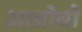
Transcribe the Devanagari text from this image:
आन्नोबों